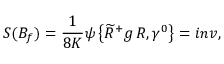
S ( B _ { f } ) = \frac { 1 } { 8 K } \psi \left\{ \widetilde { R } ^ { + } g \, R , \gamma ^ { 0 } \right\} = i n v ,